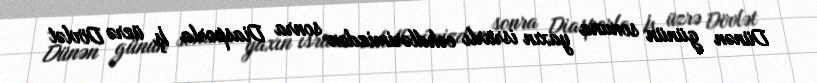
Dünən günün sonuna yaxın israrlı cəhdlərimizdən sonra Diasporla İş üzrə Dövlət